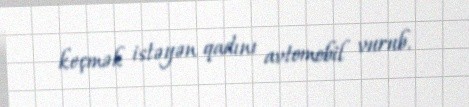
keçmək istəyən qadını avtomobil vurub.